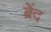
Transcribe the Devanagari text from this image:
ब्रेंद